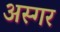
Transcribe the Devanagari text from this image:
अस्गर